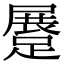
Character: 𨃨